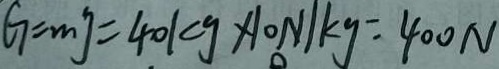
G = m g = 4 0 k g \times 1 0 N / k g = 4 0 0 N